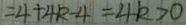
= 4 + 4 k - 4 = 4 k > 0